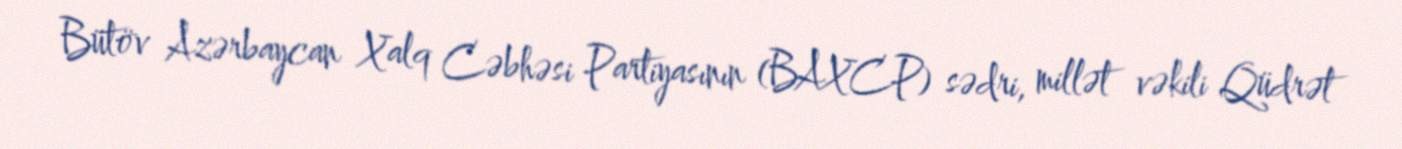
Bütöv Azərbaycan Xalq Cəbhəsi Partiyasının (BAXCP) sədri, millət vəkili Qüdrət